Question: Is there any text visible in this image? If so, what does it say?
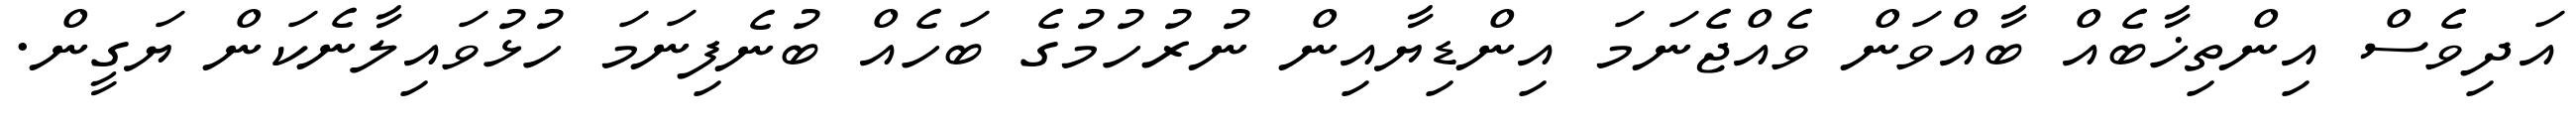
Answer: އަދިވެސް އިންތިޚާބެއް ބާއްވަން ވެއްޖެނަމަ އިންޑިޔާއިން ނުރުހުމުގެ ބަހެއް ބުނެފިނަމަ ހުޅުވައިލާނެކަން ޔަގީން.